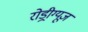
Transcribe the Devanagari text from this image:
रोड्रीग्यूज